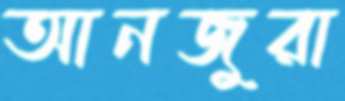
আনজুরা